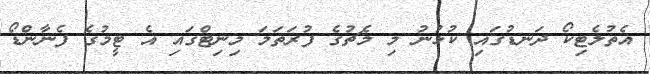
އެތުލެޓިކޯ ދަނޑުގައި ކުޅުނު މި މެޗުގެ ފުރަތަމަ މިނިޓްގައި އެ ޓީމުގެ ފެނާންޑޯ